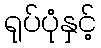
ရုပ်ပုံနှင့်